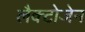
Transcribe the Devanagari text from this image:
लैक्टोजेन